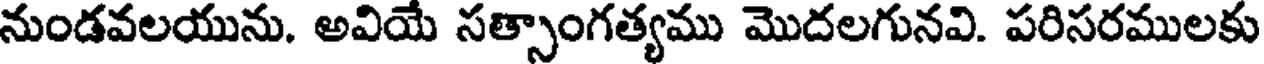
నుండవలయును. అవియే సత్సాంగత్యము మొదలగునవి. పరిసరములకు